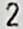
2